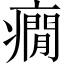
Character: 癇